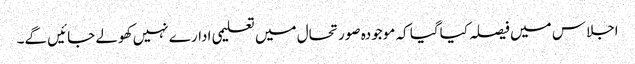
اجلاس میں فیصلہ کیاگیا کہ موجودہ صورتحال میں تعلیمی ادارے نہیں کھولے جائیں گے۔